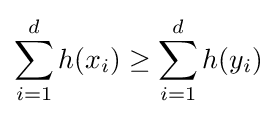
\sum _{i=1}^{d}h(x_{i})\geq \sum _{i=1}^{d}h(y_{i})